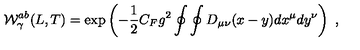
{ \cal W } _ { \gamma } ^ { a b } ( L , T ) = \mathrm { e x p } \left( - { \frac { 1 } { 2 } } C _ { F } g ^ { 2 } \oint \oint D _ { \mu \nu } ( x - y ) d x ^ { \mu } d y ^ { \nu } \right) \ ,